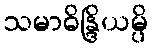
သမာဓိန္ဒြိယမ္ပိ